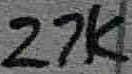
Text: 27K